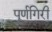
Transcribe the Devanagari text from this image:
पूर्णगिरी